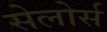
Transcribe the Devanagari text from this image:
सेलोर्स